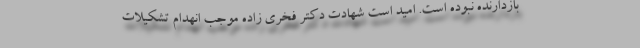
بازدارنده نبوده است. امید است شهادت دکتر فخری زاده موجب انهدام تشکیلات